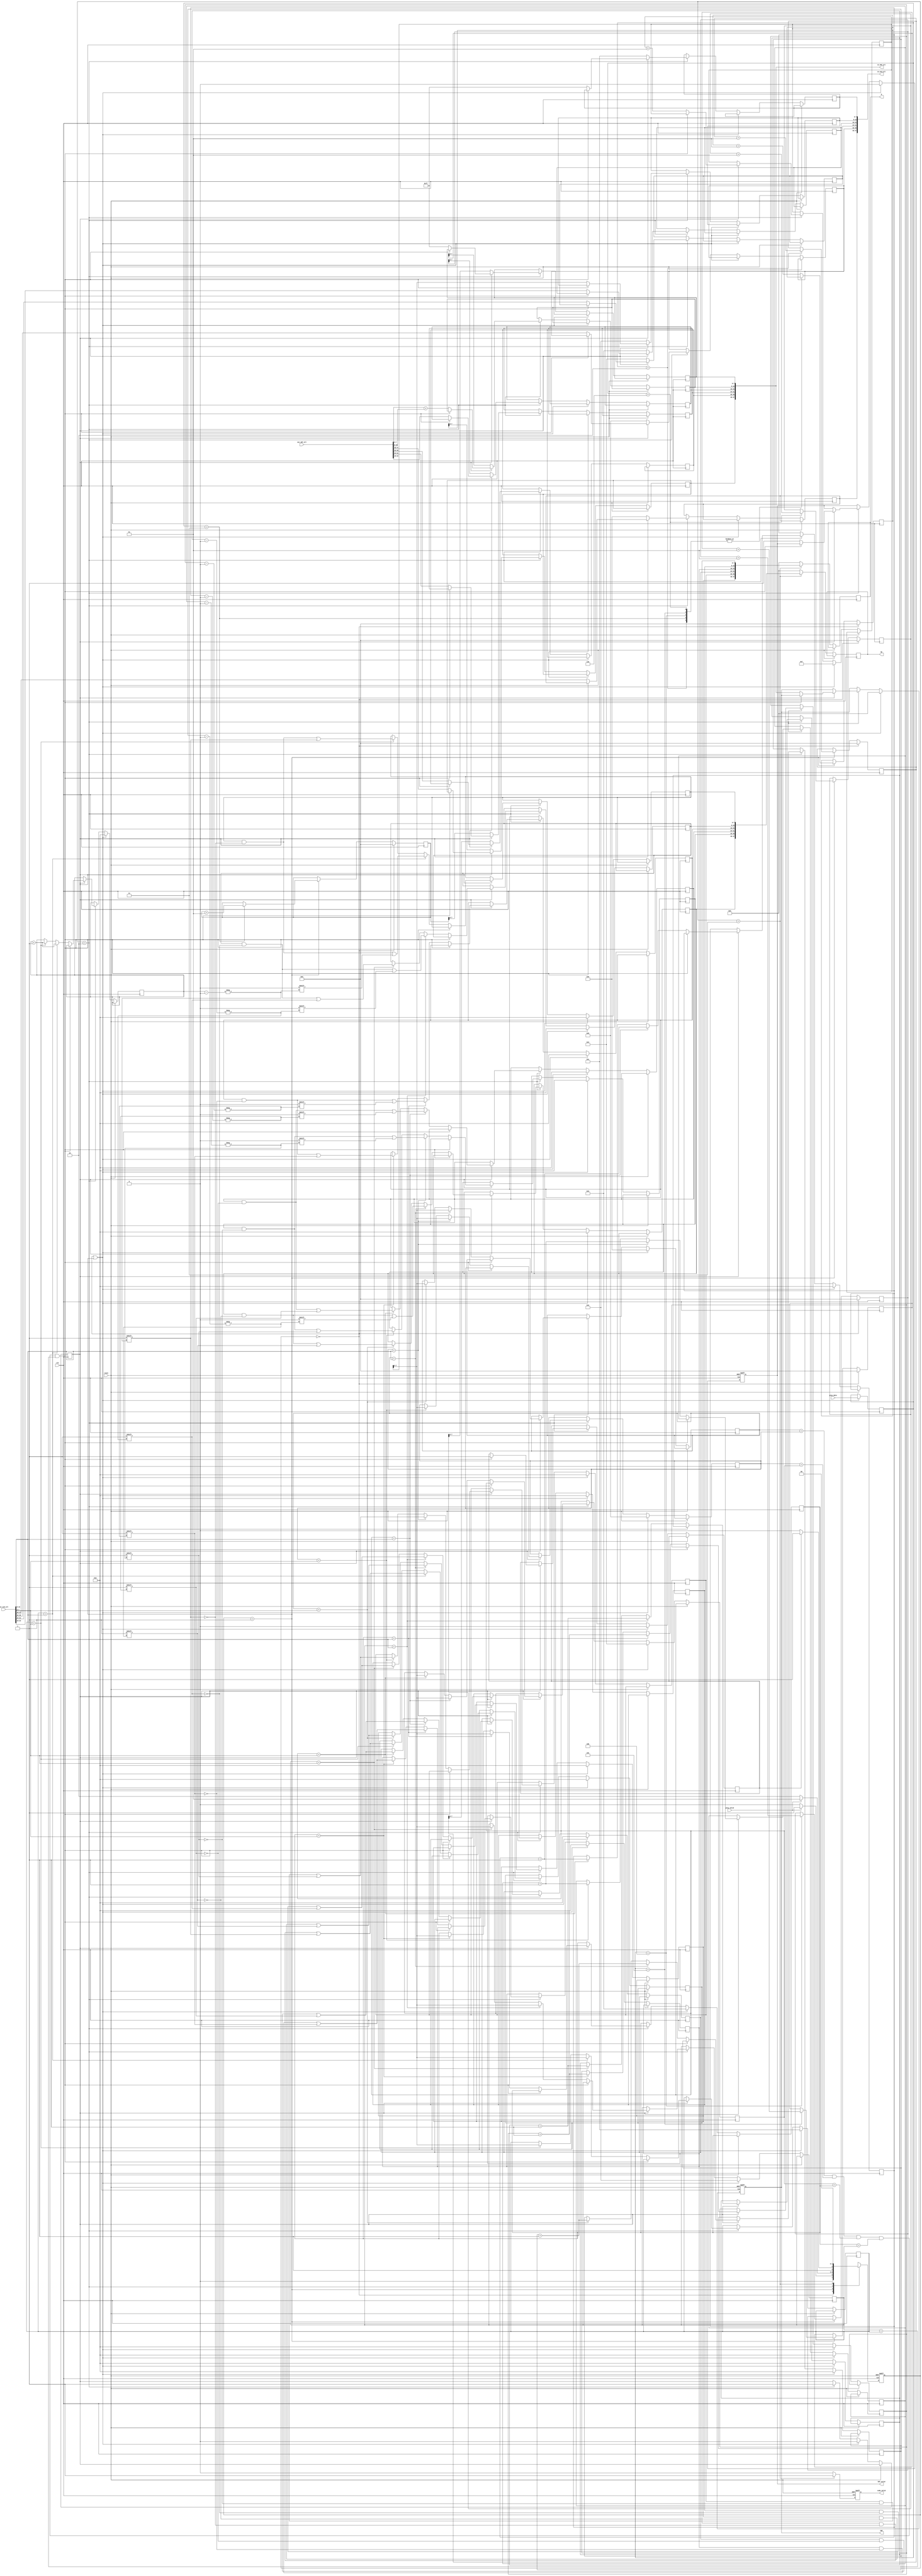
`timescale 1ns/10ps
module huffman( 
    clk, 
    reset, 
    gray_valid, 
    gray_data, 
    CNT_valid, 
    CNT,
    code_valid, 
    HC, 
    M, 
    in_Aid_all, 
    in_CNT_all, 
    out_Aid_all, 
    out_CNT_all
);

input               clk;
input               reset;
input               gray_valid;
input       [7:0]   gray_data;

output reg          CNT_valid;
output reg  [47:0]  CNT;
output reg          code_valid;
output reg  [47:0]  HC;
output reg  [47:0]  M;

// ===============================================================
//      SORT(6 input)
// ===============================================================
output reg [47:0]   in_Aid_all;
output reg [47:0]   in_CNT_all;

input      [47:0]   out_Aid_all;
input      [47:0]   out_CNT_all;

reg [7:0] in_Aid [5:0];
reg [7:0] in_CNT [5:0];

reg [7:0] out_Aid [5:0];
reg [7:0] out_CNT [5:0];

always @(*) begin
    in_Aid_all = {in_Aid[5], in_Aid[4], in_Aid[3], in_Aid[2], in_Aid[1], in_Aid[0]};
    in_CNT_all = {in_CNT[5], in_CNT[4], in_CNT[3], in_CNT[2], in_CNT[1], in_CNT[0]};
end

always @(*) begin
    {out_Aid[5], out_Aid[4], out_Aid[3], out_Aid[2], out_Aid[1], out_Aid[0]} = out_Aid_all;
    {out_CNT[5], out_CNT[4], out_CNT[3], out_CNT[2], out_CNT[1], out_CNT[0]} = out_CNT_all;
end

// ===============================================================
//      Reg & Wire Declaration
// ===============================================================
integer  i, j, a5, a4, a3, a2, a1, a0;
reg [1:0] state, next_state;
reg [7:0] buffer_gray_date;
// ===============================================================
//      FSM state
// ===============================================================

//You can modify the FSM state
localparam IDLE = 2'd0;
localparam READ = 2'd1;
localparam WORK = 2'd2;
localparam OUT  = 2'd3;
reg work_finished;

//================================================================
//      FSM design
//================================================================
always @(posedge clk or posedge reset) begin
    if(reset)begin
        state <= IDLE;
    end
    else begin
        state <= next_state;
    end 
end

always @(*) begin
    case(state)
        IDLE:begin
            if(gray_valid == 1'd1) begin
                next_state <= READ;
            end
            else begin
                next_state <= IDLE;
            end
        end
        READ:begin
            if(gray_valid == 1'd1) begin
                next_state <= READ;
            end
            else begin
                next_state <= WORK;
            end
        end
        WORK:begin
            if(work_finished == 1'd1) begin
                next_state <= OUT;
            end
            else begin
                next_state <= WORK;
            end
        end
        OUT:begin
            next_state <= IDLE;
        end
        default : next_state <= IDLE;
    endcase
end
// ===============================================================
//      Design
// ===============================================================

always @(posedge clk) begin
    if(state == IDLE || state == READ)
        buffer_gray_date <= gray_data;
    else begin
        buffer_gray_date <= buffer_gray_date;
    end
end

reg already_input;

always @(posedge clk) begin
    if(state == IDLE) begin
        a0 <= 0;
        a1 <= 0;
        a2 <= 0;
        a3 <= 0;
        a4 <= 0;
        a5 <= 0;
    end else if(state == READ) begin
        case(buffer_gray_date)
            8'd1:
                a0 <= a0 + 1;
            8'd2:
                a1 <= a1 + 1;
            8'd3:
                a2 <= a2 + 1;
            8'd4:
                a3 <= a3 + 1;
            8'd5:
                a4 <= a4 + 1;
            8'd6:
                a5 <= a5 + 1;
            default : a0 <= a0 + 1;
        endcase
    end else begin
        a0 <= a0;
        a1 <= a1;
        a2 <= a2;
        a3 <= a3;
        a4 <= a4;
        a5 <= a5;
    end
end

integer ID_num;
reg [7:0] ID [5:0];
reg [7:0] Code [5:0];
reg [7:0] Mask [5:0];
reg [7:0] Pointer [5:0];

always @(posedge reset or posedge clk) begin
    if(reset) begin
        CNT_valid <= 0;
        CNT <= 0;
    end else if(state == IDLE || state == READ) begin
        CNT_valid <= 0;
        CNT <= 0;
        already_input <= 1'd0;
        work_finished <= 1'd0;
        ID[0] <= 8'd6;
        ID[1] <= 8'd5;
        ID[2] <= 8'd4;
        ID[3] <= 8'd3;
        ID[4] <= 8'd2;
        ID[5] <= 8'd1;
        for(i=0;i<6;i++) begin
            Code[i] <= 8'd0;
            Mask[i] <= 8'd0;
            Pointer[i] <= 8'd0;
        end
        ID_num <= 7;
    end
    else if (state == WORK) begin
        if (already_input == 1'd0) begin
            already_input <=1'd1;
            in_CNT[0] <= a5;
            in_CNT[1] <= a4;
            in_CNT[2] <= a3;
            in_CNT[3] <= a2;
            in_CNT[4] <= a1;
            in_CNT[5] <= a0;
            in_Aid[0] <= 8'd1;
            in_Aid[1] <= 8'd2;
            in_Aid[2] <= 8'd3;
            in_Aid[3] <= 8'd4;
            in_Aid[4] <= 8'd5;
            in_Aid[5] <= 8'd6;
        end else if(ID[0] == ID[1] && ID[1] == ID[2] && ID[2] == ID[3] && ID[3] == ID[4] && ID[4] == ID[5]) begin
            work_finished <= 1'd1;
        end else begin 
            for(i=0;i<6;i++) begin
                if(ID[i] == out_Aid[1]) begin
                    Mask[i][Pointer[i]] <= 1'b1;
                    Code[i][Pointer[i]] <= 1'b0;
                    ID[i] <= ID_num;
                    Pointer[i] <= Pointer[i] + 1;
                end else if (ID[i] == out_Aid[0]) begin
                    Mask[i][Pointer[i]] <= 1'b1;
                    Code[i][Pointer[i]] <= 1'b1;
                    ID[i] <= ID_num;
                    Pointer[i] <= Pointer[i] + 1;
                end
            end
            
            CNT_valid <= 1'd1;
            CNT <= in_CNT_all;
            
            in_Aid[1] <= ID_num;
            in_Aid[0] <= 8'd127;
            in_CNT[1] <= out_CNT[0]+out_CNT[1];
            in_CNT[0] <= 8'd127;
            in_Aid[2] <= out_Aid[2];
            in_Aid[3] <= out_Aid[3];
            in_Aid[4] <= out_Aid[4];
            in_Aid[5] <= out_Aid[5];
            in_CNT[2] <= out_CNT[2];
            in_CNT[3] <= out_CNT[3];
            in_CNT[4] <= out_CNT[4];
            in_CNT[5] <= out_CNT[5];
            
            ID_num <= ID_num + 1;
        end
    end else begin
        ID_num <= ID_num;
    end
end

always @(posedge reset or posedge clk) begin
    if (reset) begin
        code_valid <= 1'd0;
    end else if (state == OUT) begin
        code_valid <= 1'd1;
        HC <= {Code[0], Code[1], Code[2], Code[3], Code[4], Code[5]};
        M <= {Mask[0], Mask[1], Mask[2], Mask[3], Mask[4], Mask[5]};
    end else begin
        code_valid <= 1'd0;
        HC <= 0;
        M <= 0;
    end
end

endmodule